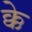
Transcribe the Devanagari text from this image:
क्के